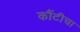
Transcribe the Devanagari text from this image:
कौंटीचा